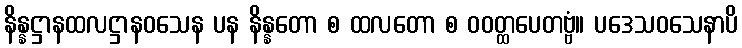
နိန္နဋ္ဌာနထလဋ္ဌာနဝသေန ပန နိန္နတော စ ထလတော စ ဝဝတ္ထပေတဗ္ဗံ။ ပဒေသဝသေနာပိ